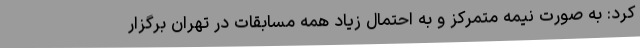
کرد: به صورت نیمه متمرکز و به احتمال زیاد همه مسابقات در تهران برگزار